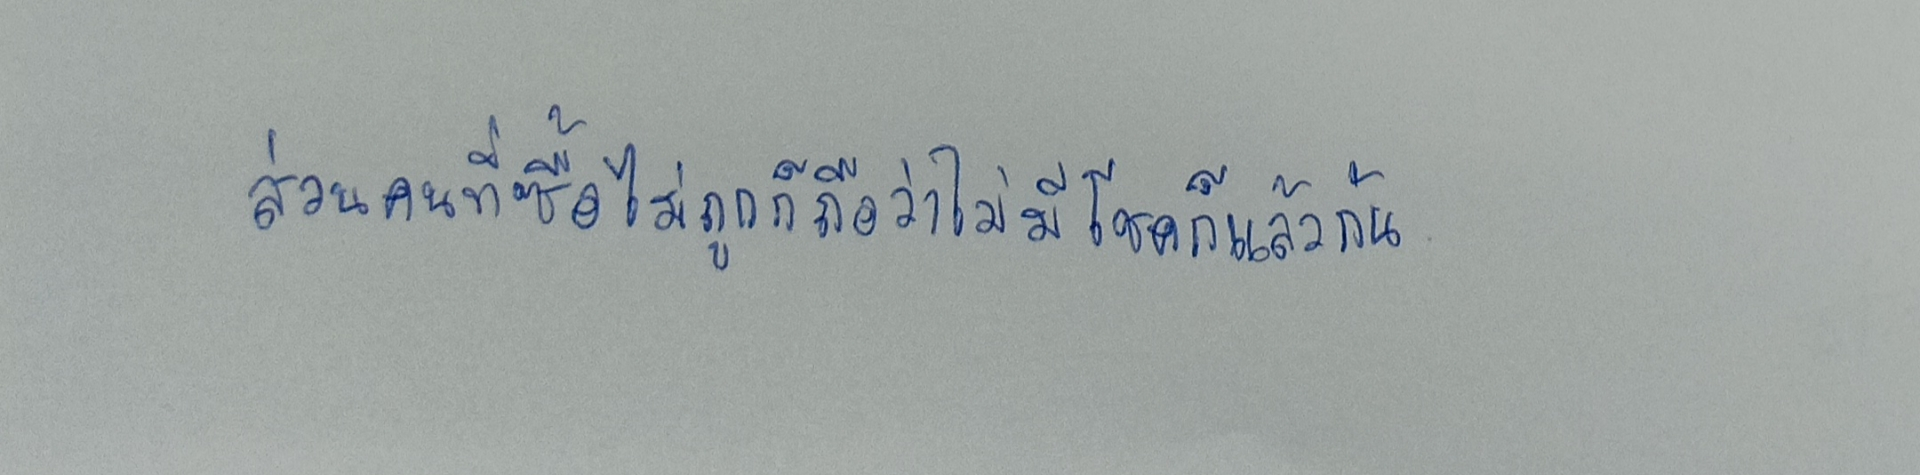
ส่วนคนที่ซื้อไม่ถูกก็ถือว่าไม่มีโชคก็แล้วกัน